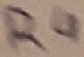
Text: R4